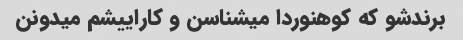
برندشو که کوهنوردا میشناسن و کاراییشم میدونن